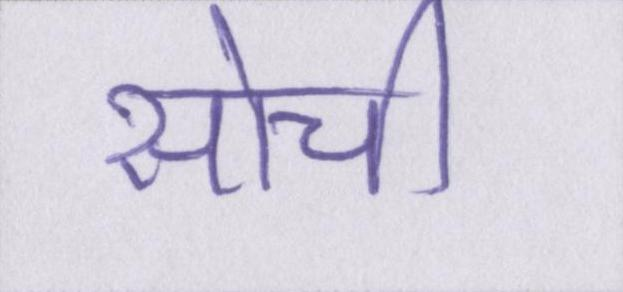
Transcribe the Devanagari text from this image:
सोची